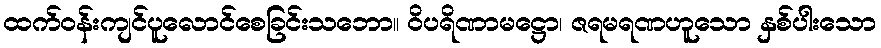
ထက်ဝန်းကျင်ပူလောင်စေခြင်းသဘော။ ဝိပရိဏာမဋ္ဌော၊ ဇရမရဏဟူသော နှစ်ပါးသော